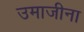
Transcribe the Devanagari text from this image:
उमाजीना